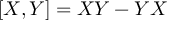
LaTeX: [ X , Y ] = X Y - Y X